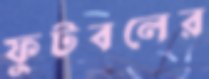
ফুটবলের